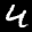
Label: 4